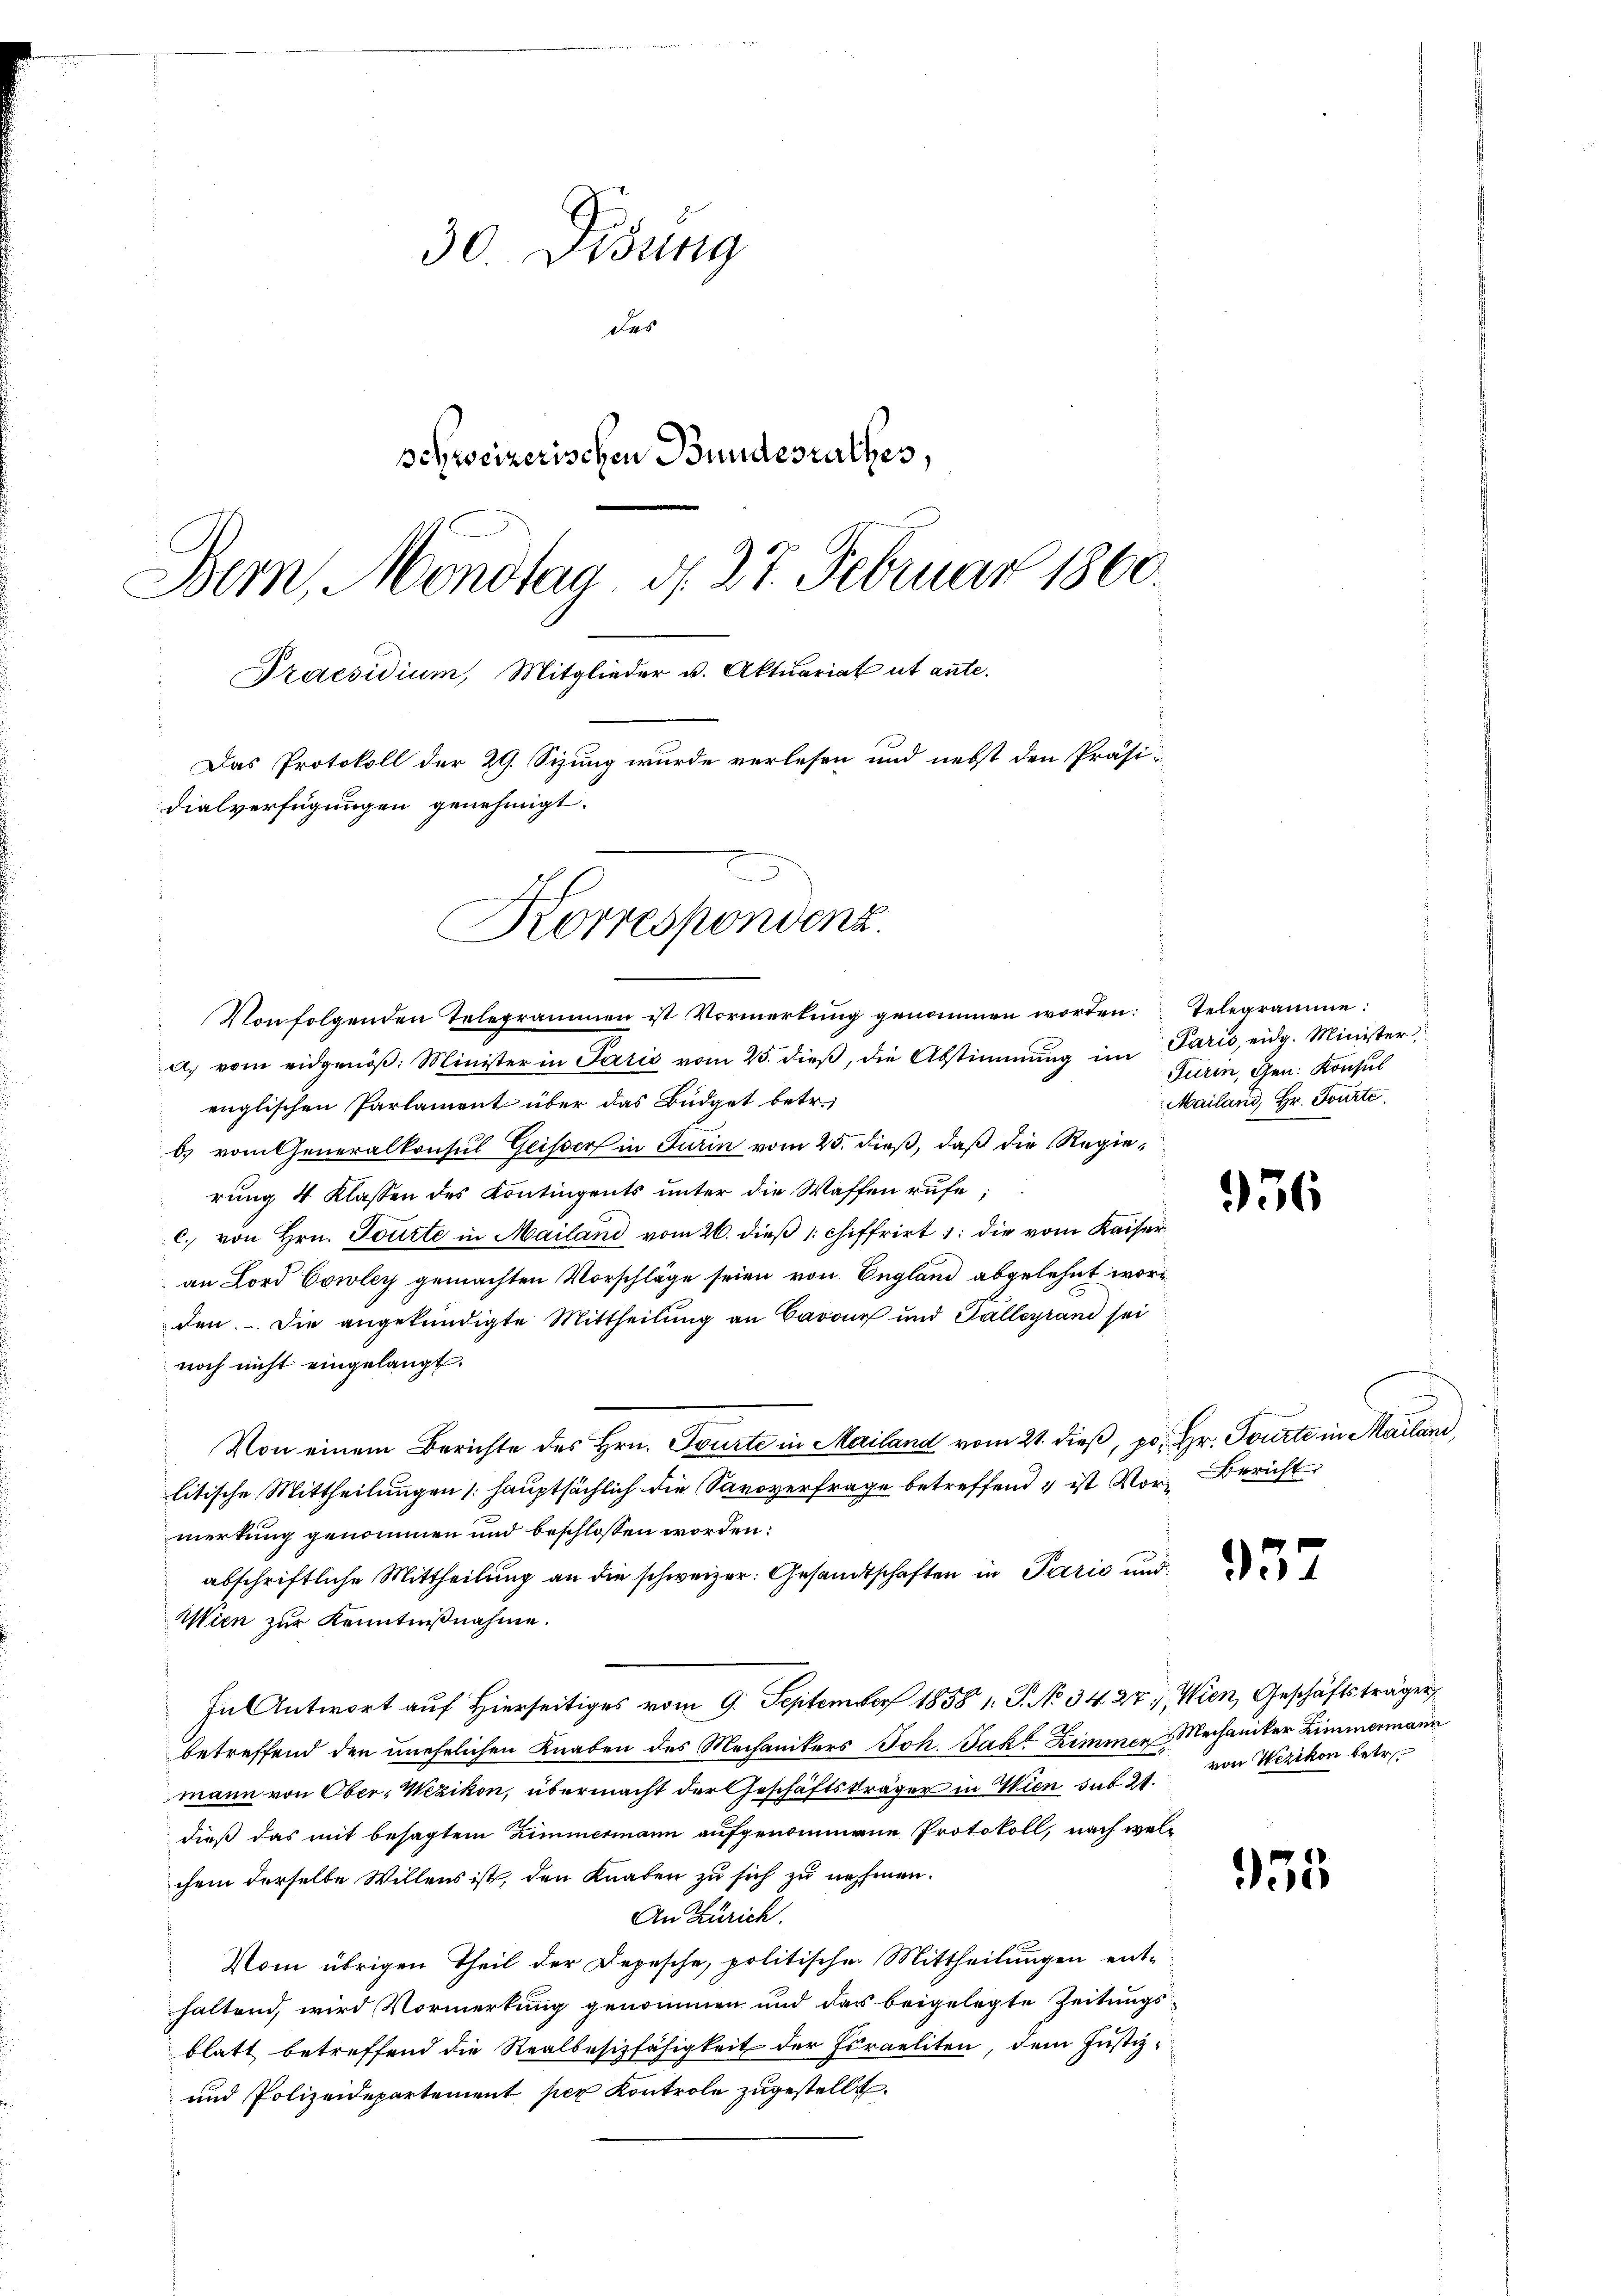
30. Disung
des
schweizerischen Bundesrathes,
Bern, Mondtag d. 27. Februar 1860
Praesidium, Mitglieder u. Aktuariat ut ante.
Das Protokoll der 29. Sizung wurde verlesen und nebst den Präsi-
dialverfügungen genehmigt.

Korrespondenz.

Von folgenden Telegrammen ist Vormerkung genommen worden: Telegramme:
a. vom eidgenöβ: Minister in Paris vom 25. dieβ, die Abstimmung im Paris, eidg. Minister
englischen Parlament über das Büdget betr.
b. vom Generalkonsul Geisser in Turin vom 25. dieß, daß die Regierung 4 Klassen des Kontingents unter die Waffen rufe;
c. von Hrn. Tourte in Mailand vom 26. dieß schiffrirt 1: die vom Kaiseran Lord Cowley gemachten Vorschläge seien von England abgelehnt worden. Die angekündigte Mittheilung an Cavone und Talleyrand sei
noch nicht eingelangt.
Von einem Berichte des Hrn. Tourte in Mailand vom 21. dieß, po. Hr. Tourte in Mailand,
litische Mittheilungen hauptsächlich die Savoverfrage betreffend & ist Vor- Bericht
merkung genommen und beschlossen worden:
abschriftliche Mittheilung an die schweizer: Gesandtschaften in Paris und
Wien zur Kenntnißnahme.
In Antwort auf Hierseitiges vom 9. September 1858 1. J. No 34. 27. Wien, Geschäftsträger
betreffend den unehelichen Knaben des Mechanikers Joh. Jako Zimmer & Mechaniker Zimmermann
mann von Ober-Wezikon, übermacht der Geschäftsträger in Wien sub 21.
dieß das mit besagtem Zimmermann aufgenommene Protokoll, nach welchem derselbe Willens ist, den Knaben zu sich zu nehmen.
An Zürich.
Vom übrigen Theil der Depesche, politischen Mittheilungen ent-
haltend, wird Vormerkung genommen und das beigelegte Zeitungsblatt betreffend die Realbesizfähigkeit der Israeliten, dem Justiz¬
und Polizeidepartement per Kontrole zugestellt.

Turin, Gen. Konsul
Mailand, Hr. Tourte

936

957

von Wezikon betr.

335